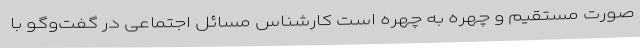
صورت مستقیم و چهره به چهره است کارشناس مسائل اجتماعی در گفت‌وگو با